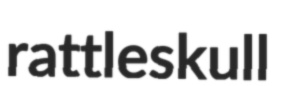
rattleskull